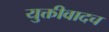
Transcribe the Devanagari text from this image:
युक्तीवादच